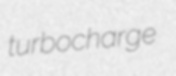
turbocharge